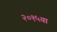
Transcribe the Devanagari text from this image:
२०१५या